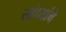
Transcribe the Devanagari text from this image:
सांध्यांचे